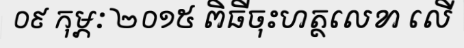
០៩ កុម្ភៈ ២០១៥ ពិធីចុះហត្ថលេខា លើ